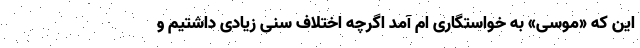
این که «موسی» به خواستگاری ام آمد اگرچه اختلاف سنی زیادی داشتیم و